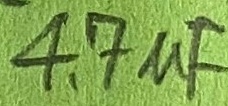
Text: 4,7µF